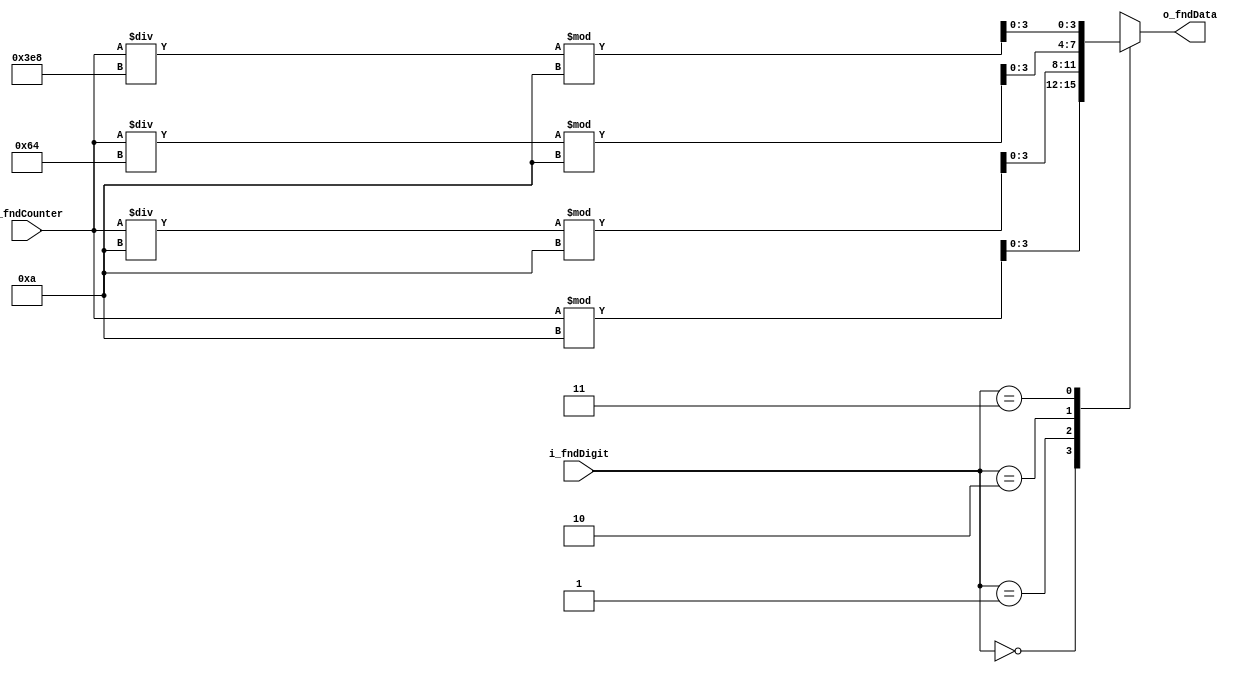
`timescale 1ns / 1ps

module FND_coder(
    input [1:0] i_fndDigit,
    input [13:0] i_fndCounter,
    output [3:0] o_fndData
    );

    reg [3:0] r_fndData;

    always @(i_fndDigit) begin
        case (i_fndDigit)
            0 : r_fndData <= i_fndCounter % 10; 
            1 : r_fndData <= i_fndCounter / 10 % 10; 
            2 : r_fndData <= i_fndCounter / 100 % 10; 
            3 : r_fndData <= i_fndCounter /1000 % 10; 
        endcase
    end

    assign o_fndData = r_fndData;

endmodule